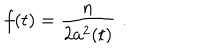
LaTeX: f ( t ) = { \frac { n } { 2 a ^ { 2 } ( t ) } } \, \, .